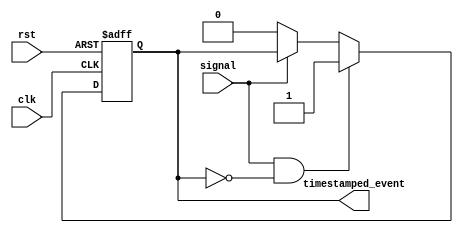
module Timing_control_and_synchronization_block (
    input clk,
    input rst,
    input signal,
    output reg timestamped_event
);

reg [31:0] timer;

always @(posedge clk or posedge rst) begin
    if (rst) begin
        timer <= 32'h0;
        timestamped_event <= 0;
    end else begin
        timer <= timer + 1;
        
        if (signal && !timestamped_event) begin
            timestamped_event <= 1;
            // Save timestamp information
        end else if (!signal) begin
            timestamped_event <= 0;
        end
    end
end

endmodule